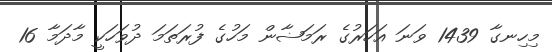
މިހިނގާ 1439 ވަނަ އަހަރުގެ ރަމަޟާން މަހުގެ ފުރަތަމަ ދުވަހަކީ މާދަމާ 16